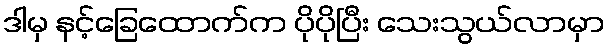
ဒါမှ နင့်ခြေထောက်က ပိုပိုပြီး သေးသွယ်လာမှာ